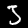
Label: 3